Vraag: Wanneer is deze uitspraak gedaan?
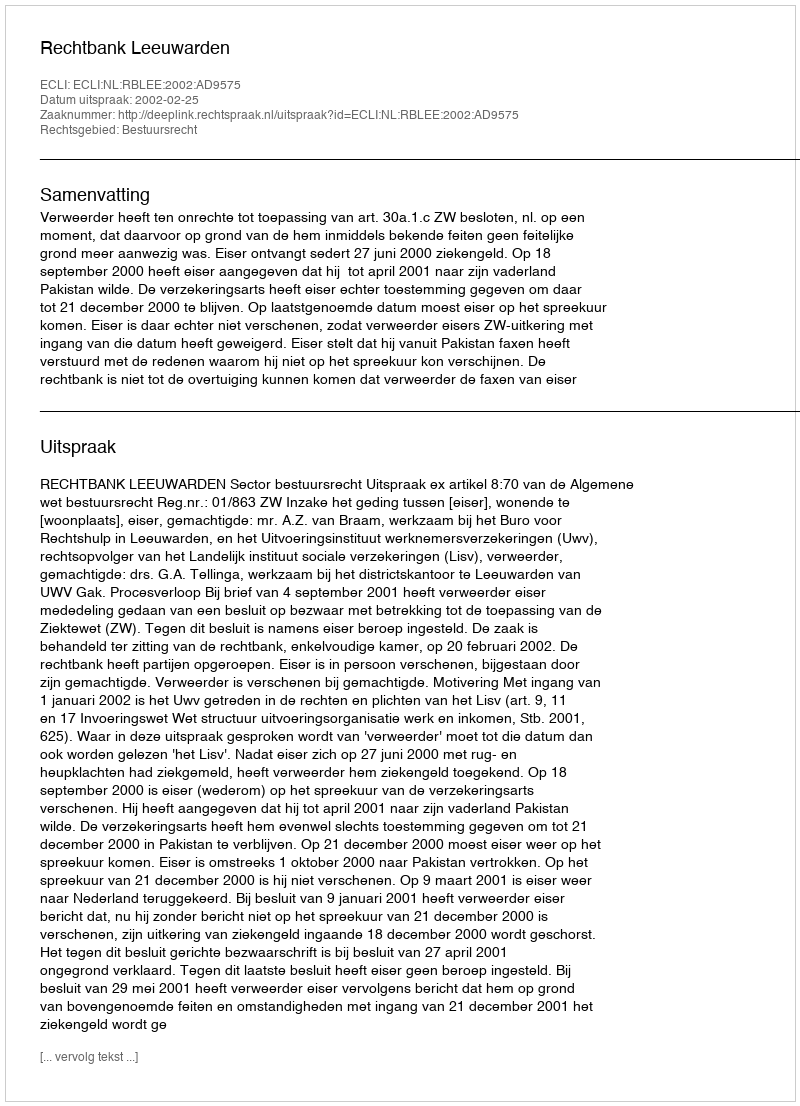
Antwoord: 2002-02-25